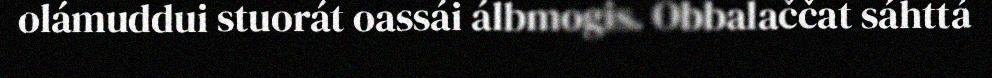
olámuddui stuorát oassái álbmogis. Obbalaččat sáhttá